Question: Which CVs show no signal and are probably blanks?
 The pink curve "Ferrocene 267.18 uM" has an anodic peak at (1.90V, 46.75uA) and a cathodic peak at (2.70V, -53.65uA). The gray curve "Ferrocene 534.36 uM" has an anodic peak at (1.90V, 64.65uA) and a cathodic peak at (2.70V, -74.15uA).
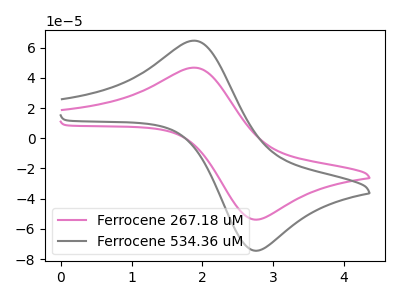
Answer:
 <answer>There are not any CV's on this graph that are likely to be blanks.</answer>
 <eval>none</eval>